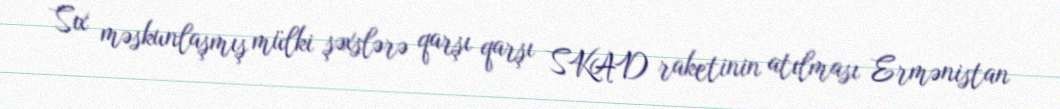
Sıx məskunlaşmış mülki şəxslərə qarşı qarşı SKAD raketinin atılması Ermənistan